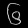
Digit: ၆